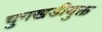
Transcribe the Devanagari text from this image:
चुनखडीयुक्त